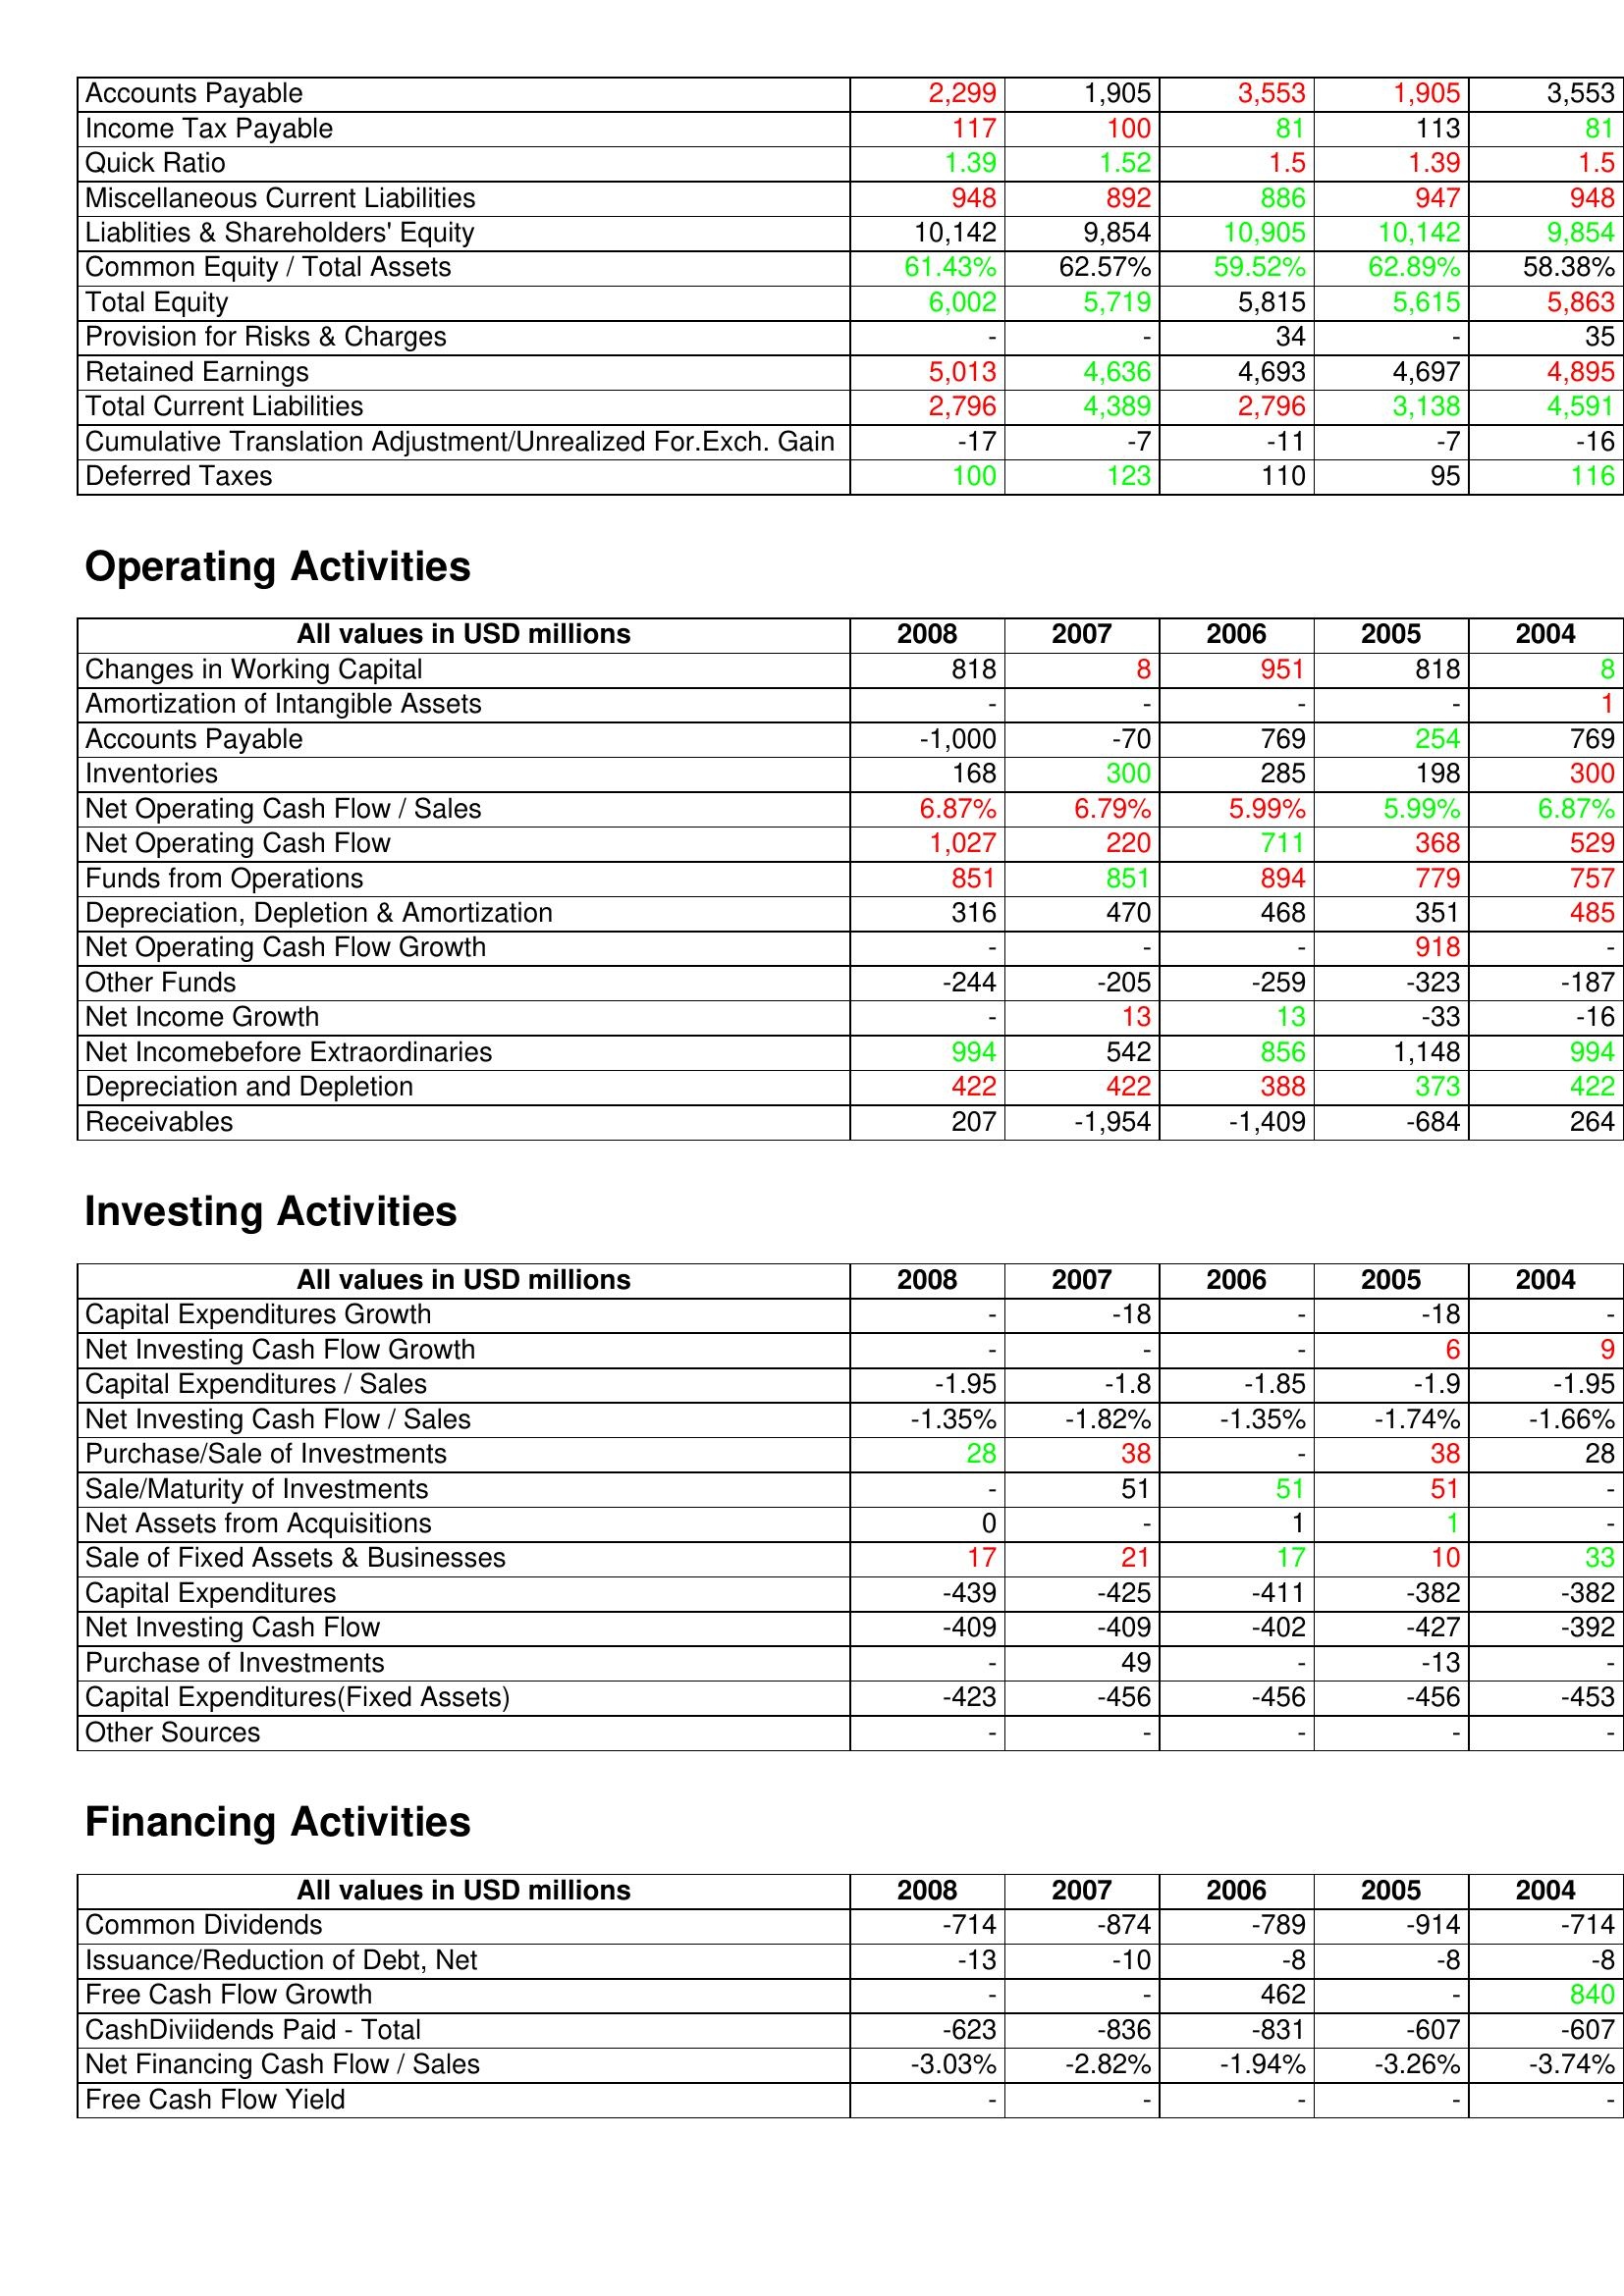
gt_parse: 2008: Liabilities & Shareholder's Equity: Accounts Payable: 2,299
Income Tax Payable: 117
Quick Ratio: 1.39
Miscellaneous Current Liabilities: 948
Liablities & Shareholders' Equity: 10,142
Common Equity / Total Assets: 61.43%
Total Equity: 6,002
Provision for Risks & Charges: -
Retained Earnings: 5,013
Total Current Liabilities: 2,796
Cumulative Translation Adjustment/Unrealized For.Exch. Gain: -17
Deferred Taxes: 100
Operating Activities: Changes in Working Capital: 818
Amortization of Intangible Assets: -
Accounts Payable: -1,000
Inventories: 168
Net Operating Cash Flow / Sales: 6.87%
Net Operating Cash Flow: 1,027
Funds from Operations: 851
Depreciation, Depletion & Amortization: 316
Net Operating Cash Flow Growth: -
Other Funds: -244
Net Income Growth: -
Net Incomebefore Extraordinaries: 994
Depreciation and Depletion: 422
Receivables: 207
Investing Activities: Capital Expenditures Growth: -
Net Investing Cash Flow Growth: -
Capital Expenditures / Sales: -1.95
Net Investing Cash Flow / Sales: -1.35%
Purchase/Sale of Investments: 28
Sale/Maturity of Investments: -
Net Assets from Acquisitions: 0
Sale of Fixed Assets & Businesses: 17
Capital Expenditures: -439
Net Investing Cash Flow: -409
Purchase of Investments: -
Capital Expenditures(Fixed Assets): -423
Other Sources: -
Financing Activities: Common Dividends: -714
Issuance/Reduction of Debt, Net: -13
Free Cash Flow Growth: -
CashDiviidends Paid - Total: -623
Net Financing Cash Flow / Sales: -3.03%
Free Cash Flow Yield: -
2007: Liabilities & Shareholder's Equity: Accounts Payable: 1,905
Income Tax Payable: 100
Quick Ratio: 1.52
Miscellaneous Current Liabilities: 892
Liablities & Shareholders' Equity: 9,854
Common Equity / Total Assets: 62.57%
Total Equity: 5,719
Provision for Risks & Charges: -
Retained Earnings: 4,636
Total Current Liabilities: 4,389
Cumulative Translation Adjustment/Unrealized For.Exch. Gain: -7
Deferred Taxes: 123
Operating Activities: Changes in Working Capital: 8
Amortization of Intangible Assets: -
Accounts Payable: -70
Inventories: 300
Net Operating Cash Flow / Sales: 6.79%
Net Operating Cash Flow: 220
Funds from Operations: 851
Depreciation, Depletion & Amortization: 470
Net Operating Cash Flow Growth: -
Other Funds: -205
Net Income Growth: 13
Net Incomebefore Extraordinaries: 542
Depreciation and Depletion: 422
Receivables: -1,954
Investing Activities: Capital Expenditures Growth: -18
Net Investing Cash Flow Growth: -
Capital Expenditures / Sales: -1.8
Net Investing Cash Flow / Sales: -1.82%
Purchase/Sale of Investments: 38
Sale/Maturity of Investments: 51
Net Assets from Acquisitions: -
Sale of Fixed Assets & Businesses: 21
Capital Expenditures: -425
Net Investing Cash Flow: -409
Purchase of Investments: 49
Capital Expenditures(Fixed Assets): -456
Other Sources: -
Financing Activities: Common Dividends: -874
Issuance/Reduction of Debt, Net: -10
Free Cash Flow Growth: -
CashDiviidends Paid - Total: -836
Net Financing Cash Flow / Sales: -2.82%
Free Cash Flow Yield: -
2006: Liabilities & Shareholder's Equity: Accounts Payable: 3,553
Income Tax Payable: 81
Quick Ratio: 1.5
Miscellaneous Current Liabilities: 886
Liablities & Shareholders' Equity: 10,905
Common Equity / Total Assets: 59.52%
Total Equity: 5,815
Provision for Risks & Charges: 34
Retained Earnings: 4,693
Total Current Liabilities: 2,796
Cumulative Translation Adjustment/Unrealized For.Exch. Gain: -11
Deferred Taxes: 110
Operating Activities: Changes in Working Capital: 951
Amortization of Intangible Assets: -
Accounts Payable: 769
Inventories: 285
Net Operating Cash Flow / Sales: 5.99%
Net Operating Cash Flow: 711
Funds from Operations: 894
Depreciation, Depletion & Amortization: 468
Net Operating Cash Flow Growth: -
Other Funds: -259
Net Income Growth: 13
Net Incomebefore Extraordinaries: 856
Depreciation and Depletion: 388
Receivables: -1,409
Investing Activities: Capital Expenditures Growth: -
Net Investing Cash Flow Growth: -
Capital Expenditures / Sales: -1.85
Net Investing Cash Flow / Sales: -1.35%
Purchase/Sale of Investments: -
Sale/Maturity of Investments: 51
Net Assets from Acquisitions: 1
Sale of Fixed Assets & Businesses: 17
Capital Expenditures: -411
Net Investing Cash Flow: -402
Purchase of Investments: -
Capital Expenditures(Fixed Assets): -456
Other Sources: -
Financing Activities: Common Dividends: -789
Issuance/Reduction of Debt, Net: -8
Free Cash Flow Growth: 462
CashDiviidends Paid - Total: -831
Net Financing Cash Flow / Sales: -1.94%
Free Cash Flow Yield: -
2005: Liabilities & Shareholder's Equity: Accounts Payable: 1,905
Income Tax Payable: 113
Quick Ratio: 1.39
Miscellaneous Current Liabilities: 947
Liablities & Shareholders' Equity: 10,142
Common Equity / Total Assets: 62.89%
Total Equity: 5,615
Provision for Risks & Charges: -
Retained Earnings: 4,697
Total Current Liabilities: 3,138
Cumulative Translation Adjustment/Unrealized For.Exch. Gain: -7
Deferred Taxes: 95
Operating Activities: Changes in Working Capital: 818
Amortization of Intangible Assets: -
Accounts Payable: 254
Inventories: 198
Net Operating Cash Flow / Sales: 5.99%
Net Operating Cash Flow: 368
Funds from Operations: 779
Depreciation, Depletion & Amortization: 351
Net Operating Cash Flow Growth: 918
Other Funds: -323
Net Income Growth: -33
Net Incomebefore Extraordinaries: 1,148
Depreciation and Depletion: 373
Receivables: -684
Investing Activities: Capital Expenditures Growth: -18
Net Investing Cash Flow Growth: 6
Capital Expenditures / Sales: -1.9
Net Investing Cash Flow / Sales: -1.74%
Purchase/Sale of Investments: 38
Sale/Maturity of Investments: 51
Net Assets from Acquisitions: 1
Sale of Fixed Assets & Businesses: 10
Capital Expenditures: -382
Net Investing Cash Flow: -427
Purchase of Investments: -13
Capital Expenditures(Fixed Assets): -456
Other Sources: -
Financing Activities: Common Dividends: -914
Issuance/Reduction of Debt, Net: -8
Free Cash Flow Growth: -
CashDiviidends Paid - Total: -607
Net Financing Cash Flow / Sales: -3.26%
Free Cash Flow Yield: -
2004: Liabilities & Shareholder's Equity: Accounts Payable: 3,553
Income Tax Payable: 81
Quick Ratio: 1.5
Miscellaneous Current Liabilities: 948
Liablities & Shareholders' Equity: 9,854
Common Equity / Total Assets: 58.38%
Total Equity: 5,863
Provision for Risks & Charges: 35
Retained Earnings: 4,895
Total Current Liabilities: 4,591
Cumulative Translation Adjustment/Unrealized For.Exch. Gain: -16
Deferred Taxes: 116
Operating Activities: Changes in Working Capital: 8
Amortization of Intangible Assets: 1
Accounts Payable: 769
Inventories: 300
Net Operating Cash Flow / Sales: 6.87%
Net Operating Cash Flow: 529
Funds from Operations: 757
Depreciation, Depletion & Amortization: 485
Net Operating Cash Flow Growth: -
Other Funds: -187
Net Income Growth: -16
Net Incomebefore Extraordinaries: 994
Depreciation and Depletion: 422
Receivables: 264
Investing Activities: Capital Expenditures Growth: -
Net Investing Cash Flow Growth: 9
Capital Expenditures / Sales: -1.95
Net Investing Cash Flow / Sales: -1.66%
Purchase/Sale of Investments: 28
Sale/Maturity of Investments: -
Net Assets from Acquisitions: -
Sale of Fixed Assets & Businesses: 33
Capital Expenditures: -382
Net Investing Cash Flow: -392
Purchase of Investments: -
Capital Expenditures(Fixed Assets): -453
Other Sources: -
Financing Activities: Common Dividends: -714
Issuance/Reduction of Debt, Net: -8
Free Cash Flow Growth: 840
CashDiviidends Paid - Total: -607
Net Financing Cash Flow / Sales: -3.74%
Free Cash Flow Yield: -